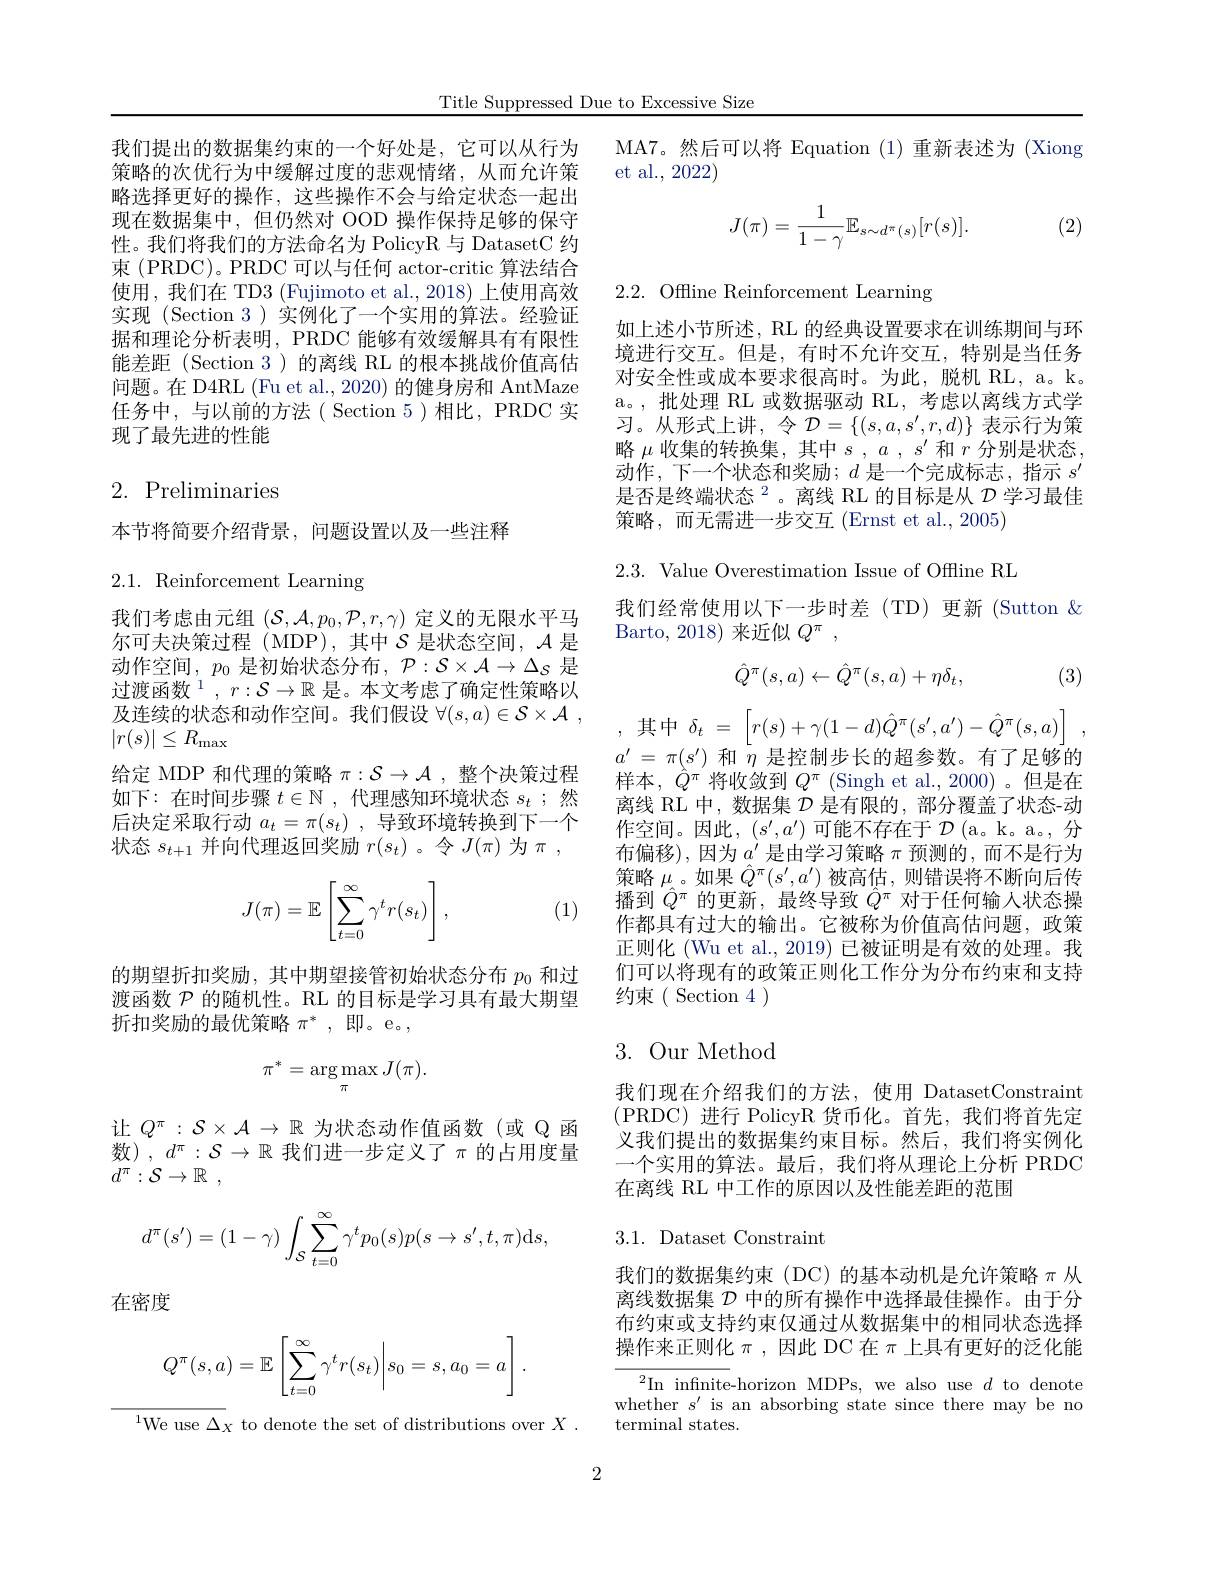
Title Suppressed Due to Excessive Size

我们提出的数据集约束的一个好处是，它可以从行为策略的次优行为中缓解过度的悲观情绪，从而允许策略选择更好的操作，这些操作不会与给定状态一起出现在数据集中，但仍然对 OOD 操作保持足够的保守性。我们将我们的方法命名为 PolicyR 与 DatasetC 约束 (PRDC)。PRDC 可以与任何 actor-critic 算法结合使用，我们在 TD3 (Fujimoto et al.,2018) 上使用高效实现(Section 3)实例化了一个实用的算法。经验证据和理论分析表明，PRDC 能够有效缓解具有有限性能差距(Section 3)的离线 RL 的根本挑战价值高估问题。在 D4RL (Fu et al., 2020) 的健身房和 AntMaze 任务中，与以前的方法( Section 5)相比，PRDC 实现了最先进的性能

## 2. Preliminaries

本节将简要介绍背景，问题设置以及一些注释

# 2.1. Reinforcement Learning

我们考虑由元组$(\mathcal{S},\mathcal{A},p_0,\mathcal{P},r,\gamma)$定义的无限水平马尔可夫决策过程 (MDP),其中$\mathcal{S}$是状态空间，$\mathcal{A}$是动作空间，$p_0$ 是初始状态分布$,\mathcal{P}:\mathcal{S}\times\mathcal{A}\to\Delta_\mathcal{S}$ 是过渡函数$^1,r:\mathcal{S}\to\mathbb{R}$ 是。本文考虑了确定性策略以及连续的状态和动作空间。我们假设$\forall ( s, a) \in \mathcal{S} \times \mathcal{A}$ , $|r(s)|\leq R_{\mathrm{max}}$
给定 MDP 和代理的策略$\pi:\mathcal{S}\to\mathcal{A}$ ,整个决策过程如下：在时间步骤$t\in\mathbb{N}$ ,代理感知环境状态$s_t$ ;然后决定采取行动$a_t= \pi ( s_t)$ ,导致环境转换到下一个状态$s_t+1$并向代理返回奖励$r(s_t)$ 。令$J(\pi)$为$\pi$,
$$J(\pi)=\mathbb{E}\left[\sum_{t=0}^\infty\gamma^tr(s_t)\right],$$
(1)

的期望折扣奖励，其中期望接管初始状态分布$p_{0}$和过渡函数$\mathcal{P}$的随机性。RL 的目标是学习具有最大期望折扣奖励的最优策略$\pi^*$,即。e。,
$$\pi^*=\underset{\pi}{\arg\max}J(\pi).$$
让$Q^\pi:\mathcal{S}\times\mathcal{A}\to\mathbb{R}$为状态动作值函数(或 Q 函数),$d^\pi:\mathcal{S}\to\mathbb{R}$ 我们进一步定义了$\pi$ 的占用度量$d^\pi : \mathcal{S} \to \mathbb{R}$ ,
$$d^{\pi}(s')=(1-\gamma)\int_{\mathcal{S}}\sum_{t=0}^{\infty}\gamma^{t}p_{0}(s)p(s\to s',t,\pi)\mathrm{d}s,$$
在密度
$$Q^\pi(s,a)=\mathbb{E}\left[\sum_{t=0}^\infty\gamma^tr(s_t)\bigg|s_0=s,a_0=a\right].$$
$^{1}$We use $\Delta_X$ to denote the set of distributions over $X$

MA7。然后可以将 Equation (1)重新表述为 (Xiong
et al., 2022)

(2)
$$J(\pi)=\frac{1}{1-\gamma}\mathbb{E}_{s\sim d^{\pi}(s)}[r(s)].$$
2.2. Offline Reinforcement Learning

如上述小节所述，RL 的经典设置要求在训练期间与环境进行交互。但是，有时不允许交互，特别是当任务对安全性或成本要求很高时。为此，脱机 RL, a。k. a。,批处理 RL 或数据驱动 RL, 考虑以离线方式学习。从形式上讲，令$\mathcal{D}=\{(s,a,s^{\prime},r,d)\}$表示行为策略$\mu$收集的转换集，其中$s,a,s^\prime$和$r$分别是状态， 动作，下一个状态和奖励；$d$是一个完成标志，指示$s^\prime$ 是否是终端状态$^2$。离线 RL 的目标是从 $\mathcal{D}$ 学习最佳策略，而无需进一步交互(Ernst et al.,2005)

2.3. Value Overestimation Issue of Offline RL
我们经常使用以下一步时差(TD)更新(Sutton &
Barto, 2018) 来近似$Q^\pi$ ,

(3)
$$\hat{Q}^\pi(s,a)\leftarrow\hat{Q}^\pi(s,a)+\eta\delta_t,$$
$$\delta_t\:=\:\left[r(s)+\gamma(1-d)\hat{Q}^\pi(s',a')-\hat{Q}^\pi(s,a)\right]\:,$$
$a^{\prime}=\pi(s^{\prime})$和$\bar\eta$是控制步长的超参数。有了足够的样本，$\hat{Q}^\pi$将收敛到$Q^\pi$ (Singh et al., 2000)。但是在离线 RL 中，数据集$\mathcal{D}$是有限的，部分覆盖了状态-动作空间。因此$,(s^\prime,a^{\prime})$可能不存在于 $\mathcal{D}($a。k。a。分布偏移),因为$a^\prime$是由学习策略$\pi$预测的，而不是行为策略$\mu$。如果$\hat{Q}^\pi(s^{\prime},a^{\prime})$被高估，则错误将不断向后传播到$\hat{Q}^\pi$的更新，最终导致$\hat{Q}^\pi$对于任何输人状态操作都具有过大的输出。它被称为价值高估问题，政策正则化 (Wu et al., 2019) 已被证明是有效的处理。我们可以将现有的政策正则化工作分为分布约束和支持约束( Section 4 )

3. Our Method

我们现在介绍我们的方法，使用 DatasetConstraint (PRDC)进行 PolicyR 货币化。首先，我们将首先定义我们提出的数据集约束目标。然后，我们将实例化一个实用的算法。最后，我们将从理论上分析 PRDC 在离线 RL 中工作的原因以及性能差距的范围

3.1. Dataset Constraint

我们的数据集约束(DC)的基本动机是允许策略$\pi$从离线数据集$\mathcal{D}$中的所有操作中选择最佳操作。由于分布约束或支持约束仅通过从数据集中的相同状态选择操作来正则化$\pi$ ,因此 DC 在$\pi$上具有更好的泛化能

$^{2}$In infinite-horizon MDPs, we also use $d$ to denote whether $s^\prime$ is an absorbing state since there may be no terminal states.

2